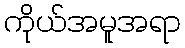
ကိုယ်အမူအရာ